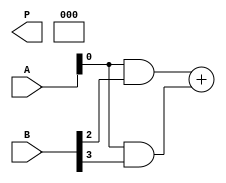
module unfolded_wallace_tree_multiplier #(
    parameter N = 4  // Width of the multiplier
)(
    input  [N-1:0] A,  // Multiplicand
    input  [N-1:0] B,  // Multiplier
    output reg [2*N-1:0] P  // Product
);

    // Partial products
    wire [N-1:0] pp [0:N-1]; // Array of partial products
    genvar i, j;
    
    // Generate partial products
    generate
        for (i = 0; i < N; i = i + 1) begin : pp_gen
            assign pp[i] = A & {N{B[i]}};
        end
    endgenerate

    // Internal wires for Wallace tree reduction
    wire [N-1:0] sum [0:N-1]; // Sums for Wallace tree
    wire [N-1:0] carry [0:N-1]; // Carries for Wallace tree

    // Stage 1: Reduction of partial products
    generate
        for (j = 0; j < N-1; j = j + 1) begin : reduction_stage1
            if (j < N-1) begin
                // Half adders for pairs of partial products
                assign {carry[j], sum[j]} = pp[j] + pp[j+1];
            end else begin
                assign sum[j] = pp[j];
                assign carry[j] = 0;
            end
        end
    endgenerate

    // Stage 2: Further reduction
    wire [N-1:0] final_sum, final_carry;
    
    // Combine results from stage 1
    generate
        for (j = 0; j < N-1; j = j + 1) begin : reduction_stage2
            if (j < N-2) begin
                assign {final_carry[j], final_sum[j]} = sum[j] + carry[j+1];
            end else begin
                assign final_sum[j] = sum[j];
                assign final_carry[j] = 0;
            end
        end
    endgenerate

    // Final addition
    always @* begin
        P = {final_carry[N-2], final_sum[N-2], sum[N-1]};
    end

endmodule